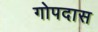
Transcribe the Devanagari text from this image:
गोपदास